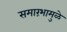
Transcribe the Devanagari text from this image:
समारंभामुळे